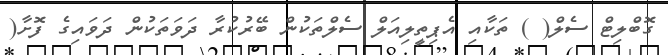
ގޮބްލިޓް ސެލް( ) ތަކާއި އެޕިތީލިއަލް ސެލްތަކުން ބޭރުކުރާ ދަވަތަކުން ދަވައިގެ ފޮށާ(